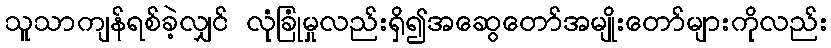
သူသာကျန်ရစ်ခဲ့လျှင် လုံခြုံမှုလည်းရှိ၍အဆွေတော်အမျိုးတော်များကိုလည်း